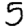
Digit: 5